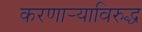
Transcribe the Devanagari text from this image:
करणार्‍याविरुद्ध